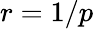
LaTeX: r=1/p